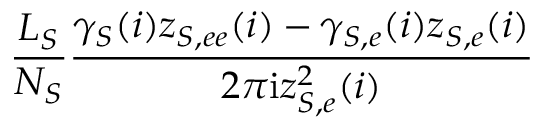
\frac { L _ { S } } { N _ { S } } \frac { \gamma _ { S } ( i ) z _ { S , e e } ( i ) - \gamma _ { S , e } ( i ) z _ { S , e } ( i ) } { 2 \pi \mathrm { i } z _ { S , e } ^ { 2 } ( i ) }